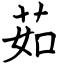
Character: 茹